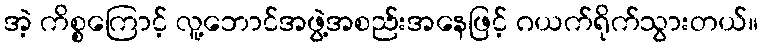
အဲ့ ကိစ္စကြောင့် လူ့ဘောင်အဖွဲ့အစည်းအနေဖြင့် ဂယက်ရိုက်သွားတယ်။